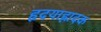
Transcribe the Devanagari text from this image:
हृदयाह्लादक